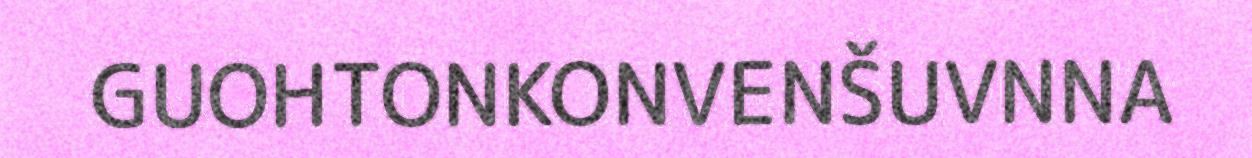
GUOHTONKONVENŠUVNNA